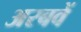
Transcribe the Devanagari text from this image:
अरबवें